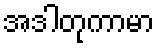
အဒါတုကာမာ